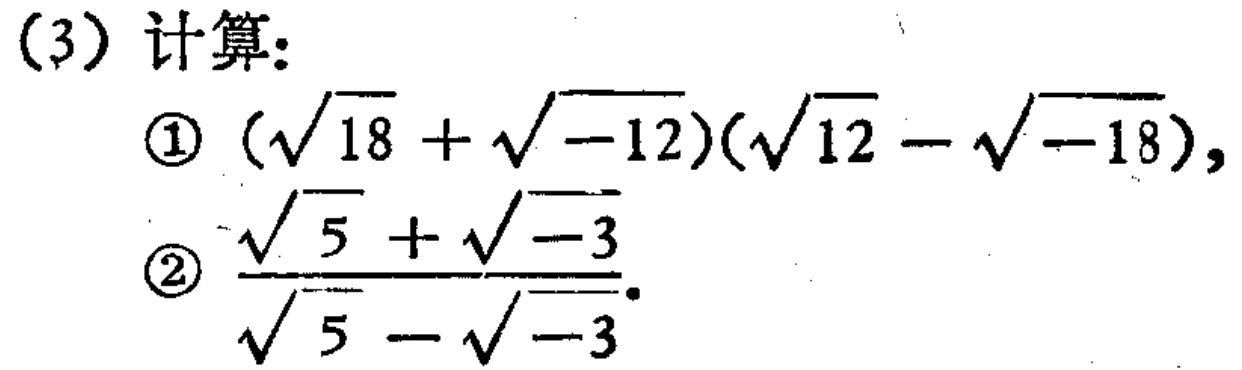
(3) 计算:
\textcircled{1}\((\sqrt{18}+\sqrt{-12})(\sqrt{12}-\sqrt{-18})\),
\textcircled{2}\(\frac{\sqrt{5}+\sqrt{-3}}{\sqrt{5}-\sqrt{-3}}\).